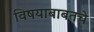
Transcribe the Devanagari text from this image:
विषयाबाबतचे